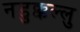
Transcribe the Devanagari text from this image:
नडुक्कल्लु